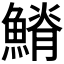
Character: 𩺀